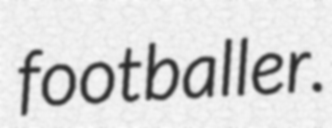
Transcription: footballer.